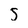
Character: 5